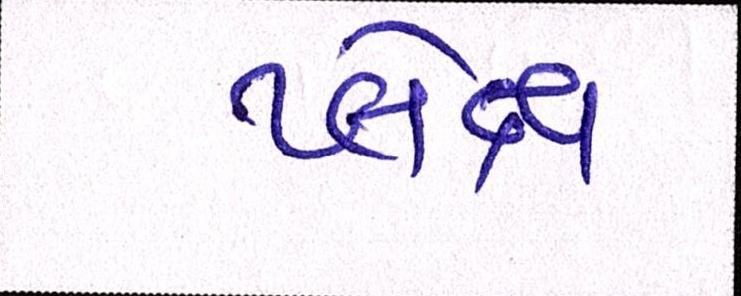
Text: પ્લેક્ષ